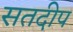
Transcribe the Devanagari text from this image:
सतदीप